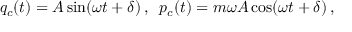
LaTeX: q _ { c } ( t ) = A \sin ( \omega t + \delta ) \, , \; \; p _ { c } ( t ) = m \omega A \cos ( \omega t + \delta ) \, ,